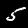
Digit: 5